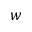
w